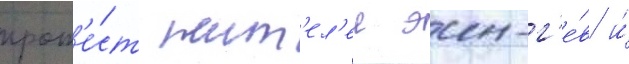
прот'е́ст жит'ел'еи эин-г'е́в и́